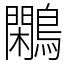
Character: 鷴